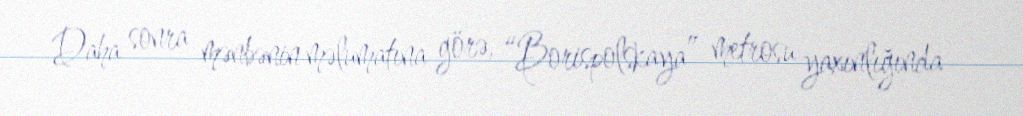
Daha sonra mənbənin məlumatına görə, “Borispolskaya” metrosu yaxınlığında